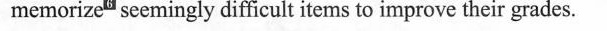
memorize seemingly difficult items to improve their grades.